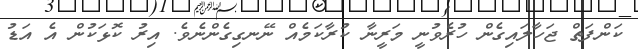
ކަންފަތް ޖަހާލައިގެން ހުރެވުނީ މަރީނާ ކުރާކަމެއް ނޭނގިގެންނެވެ. އިރު ކޮޅަކުން އެ އަޑު